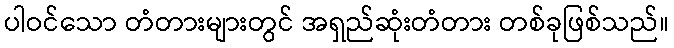
ပါဝင်သော တံတားများတွင် အရှည်ဆုံးတံတား တစ်ခုဖြစ်သည်။